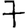
Digit: 7